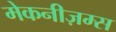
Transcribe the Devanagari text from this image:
मेकनीज़म्स